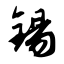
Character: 锡